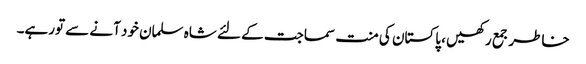
خاطر جمع رکھیں ، پاکستان کی منت سماجت کے لئے شاہ سلمان خود آنے سے تورہے۔